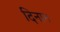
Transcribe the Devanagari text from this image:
दिनान